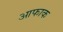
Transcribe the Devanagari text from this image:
आफाक